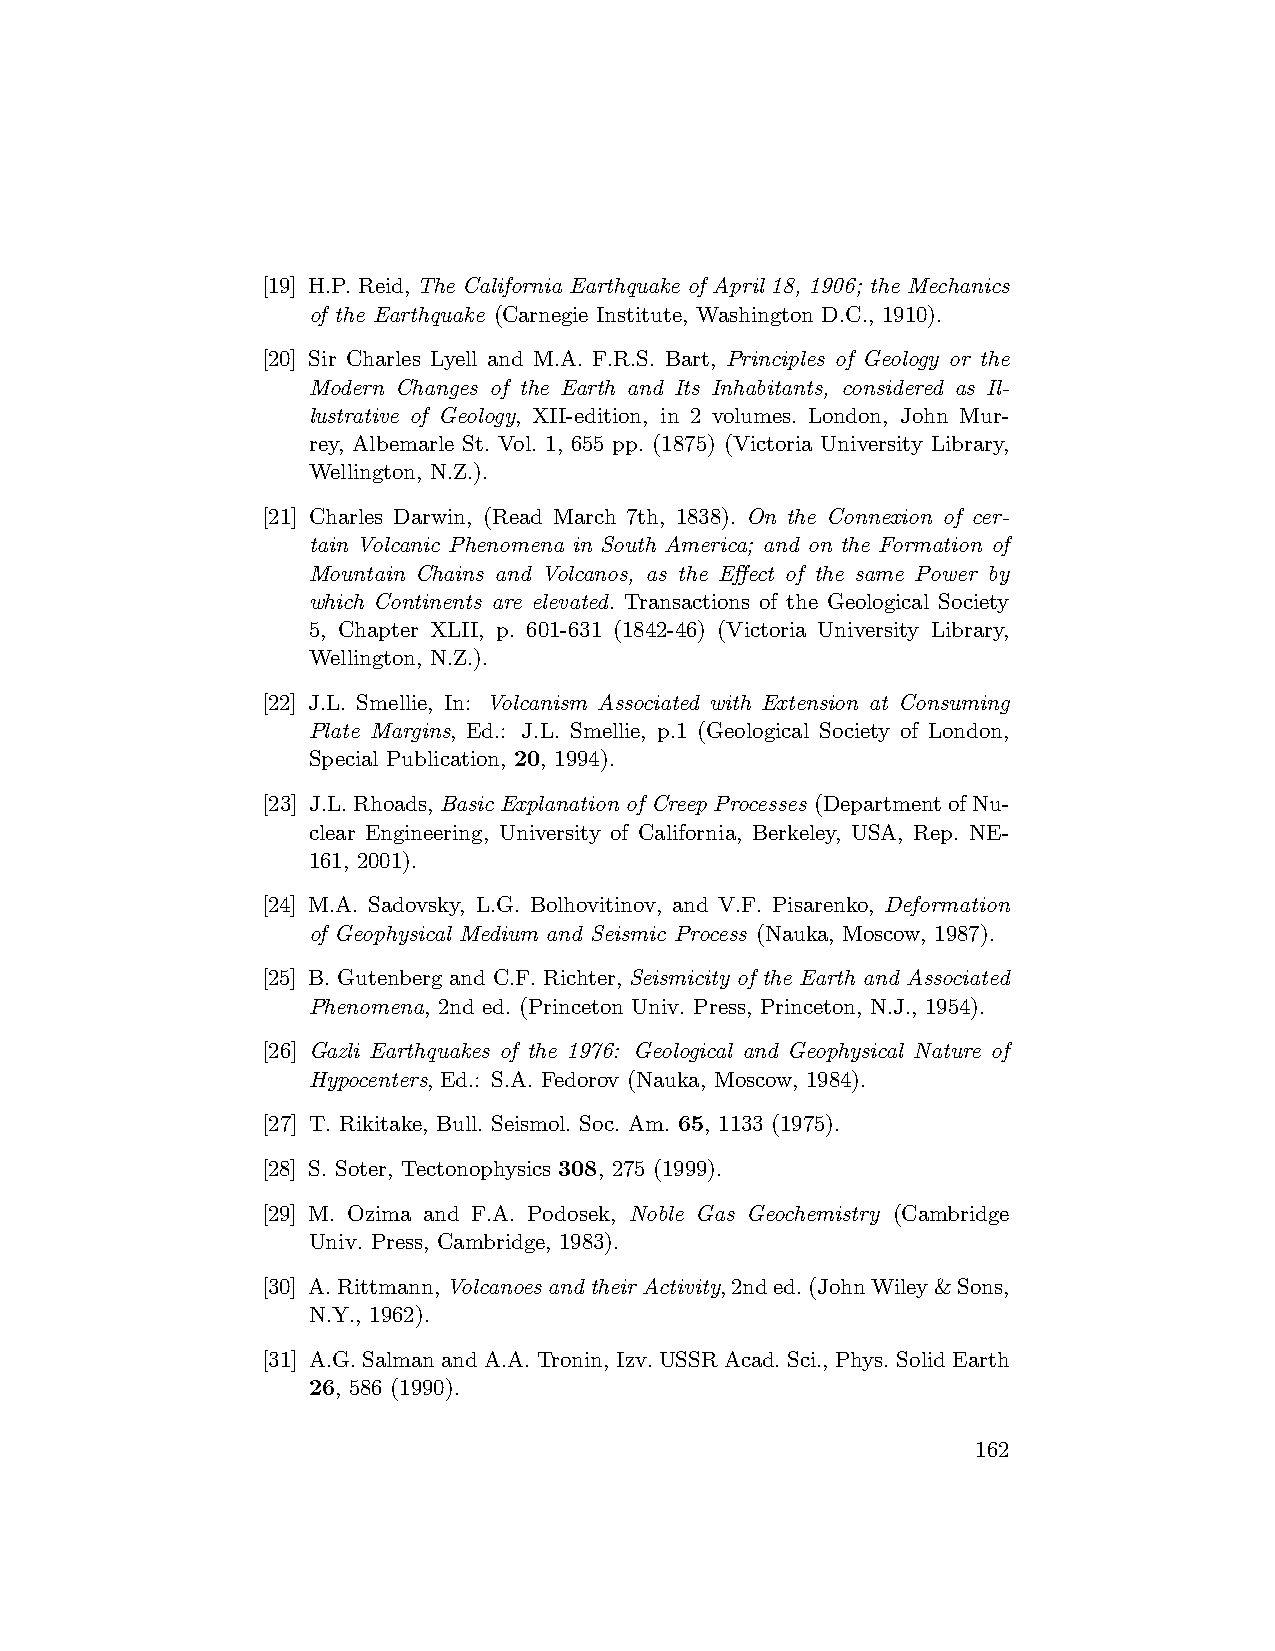
[19] H.P. Reid, The California Earthquake of April 18, 1906; the Mechanics
 of the Earthquake (Carnegie Institute, Washington D.C., 1910).
 [20] Sir Charles Lyell and M.A. F.R.S. Bart, Principles of Geology or the
 Modern Changes of the Earth and Its Inhabitants, considered as Il-
 lustrative of Geology, XII-edition, in 2 volumes. London, John Mur-
 rey, Albemarle St. Vol. 1, 655 pp. (1875) (Victoria University Library,
 Wellington, N.Z.).
 [21] Charles Darwin, (Read March 7th, 1838). On the Connexion of cer-
 tain Volcanic Phenomena in South America; and on the Formation of
 Mountain Chains and Volcanos, as the Effect of the same Power by
 which Continents are elevated. Transactions of the Geological Society
 5, Chapter XLII, p. 601-631 (1842-46) (Victoria University Library,
 Wellington, N.Z.).
 [22] J.L. Smellie, In: Volcanism Associated with Extension at Consuming
 Plate Margins, Ed.: J.L. Smellie, p.1 (Geological Society of London,
 Special Publication, 20, 1994).
 [23] J.L.Rhoads,Basic Explanation of Creep Processes (DepartmentofNu-
 clear Engineering, University of California, Berkeley, USA, Rep. NE-
 161, 2001).
 [24] M.A. Sadovsky, L.G. Bolhovitinov, and V.F. Pisarenko, Deformation
 of Geophysical Medium and Seismic Process (Nauka, Moscow, 1987).
 [25] B. Gutenberg and C.F. Richter, Seismicity of the Earth and Associated
 Phenomena, 2nd ed. (Princeton Univ. Press, Princeton, N.J., 1954).
 [26] Gazli Earthquakes of the 1976: Geological and Geophysical Nature of
 Hypocenters, Ed.: S.A. Fedorov (Nauka, Moscow, 1984).
 [27] T. Rikitake, Bull. Seismol. Soc. Am. 65, 1133 (1975).
 [28] S. Soter, Tectonophysics 308, 275 (1999).
 [29] M. Ozima and F.A. Podosek, Noble Gas Geochemistry (Cambridge
 Univ. Press, Cambridge, 1983).
 [30] A.Rittmann,VolcanoesandtheirActivity,2nded.(JohnWiley&Sons,
 N.Y., 1962).
 [31] A.G.SalmanandA.A.Tronin, Izv.USSRAcad.Sci., Phys.SolidEarth
 26, 586 (1990).
 162